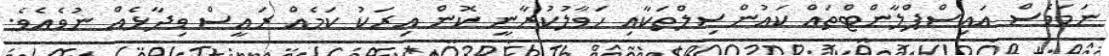
ނަމަވެސް އައިސްޕްލާންޓްތައް ކައުންސިލްތަކާއި ހަވާލުކުރާނީ ކޮން އިރަކު ކަމެއް ރައީސް ވިދާޅެއް ނުވެއެވެ.